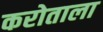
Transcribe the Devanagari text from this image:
करोताला